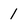
Character: 1